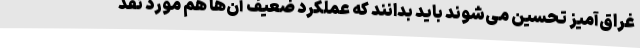
غراق‌آمیز تحسین می‌شوند باید بدانند که عملکرد ضعیف آن‌ها هم مورد نقد